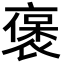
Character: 褒